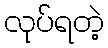
လုပ်ရတဲ့